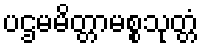
ပဌမမိတ္တာမစ္စသုတ္တံ